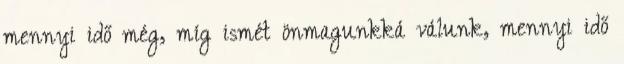
mennyi idő még, míg ismét önmagunkká válunk, mennyi idő